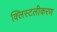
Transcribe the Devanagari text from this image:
क्लिस्टलीकरण